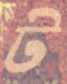
ট